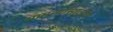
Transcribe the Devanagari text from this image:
सामन्यांसाठीचे